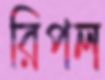
রিপল